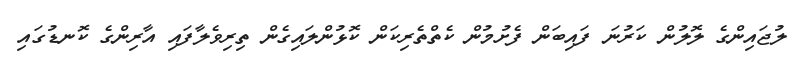
ލުޖައިންގެ ލޮލުން ކަރުނަ ފައިބަން ފެށުމުން ކެތްތެރިކަން ކޮޅުންލައިގެން ތިރިވެލާފައި އާރިންގެ ކޮނޑުގައި